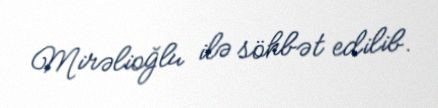
Mirəlioğlu ilə söhbət edilib.